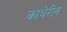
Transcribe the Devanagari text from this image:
काथेरीन